Vaccine operations Central Provinces & Berar 1922-1929 - 1922-1929
Year: 1922
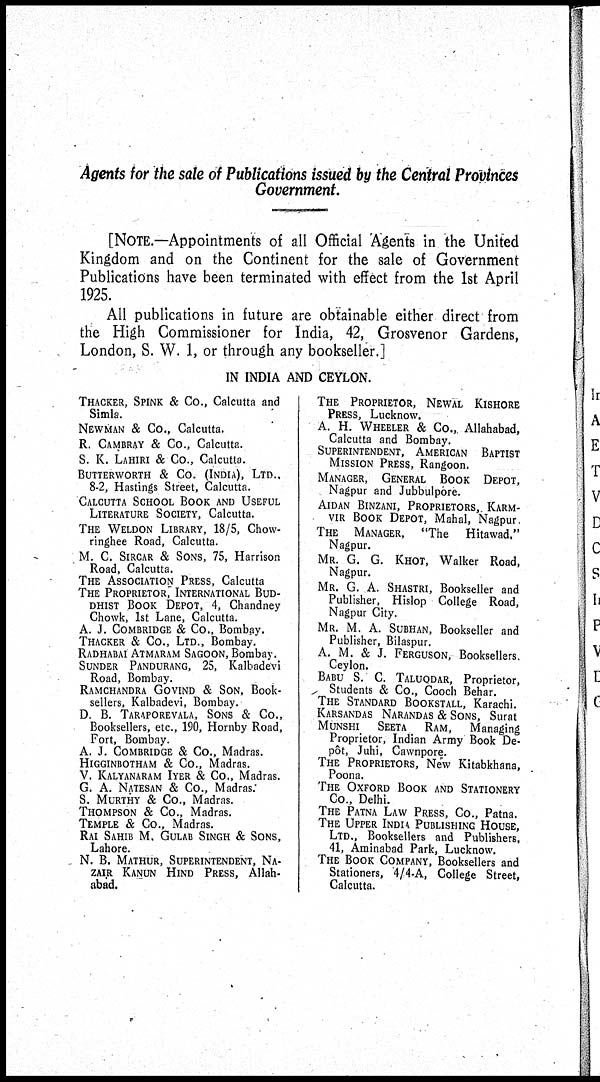
Agents for the sale of Publications issued by the Central Provinces
Government.
[NOTE.—Appointments of all Official Agents in the United
Kingdom and on the Continent for the sale of Government
Publications have been terminated with effect from the 1st April
1925.
All publications in future are obtainable either direct from
the High Commissioner for India, 42, Grosvenor Gardens,
London, S. W. 1, or through any bookseller.]
IN INDIA AND CEYLON.
THACKER, SPINK & Co., Calcutta and
Simla.
NEWMAN & Co., Calcutta.
R. CAMBRAY & Co., Calcutta.
S. K. LAHIRI & Co., Calcutta.
BUTTERWORTH & Co. (INDIA), LTD.,
8-2, Hastings Street, Calcutta.
CALCUTTA SCHOOL BOOK AND USEFUL
LITERATURE SOCIETY, Calcutta.
THE WELDON LIBRARY, 18/5, Chow-
ringhee Road, Calcutta.
M. C. SIRCAR & SONS, 75, Harrison
Road, Calcutta.
THE ASSOCIATION PRESS, Calcutta
THE PROPRIETOR, INTERNATIONAL BUD-
----- BOOK DEPOT, 4, Chandney
Chowk, 1st Lane, Calcutta.
A. J. COMBRIDGE & Co., Bombay.
THACKER & Co., LTD., Bombay.
RADHABAI ATMARAM SAGOON, Bombay.
SUNDER PANDURANG, 25, Kalbadevi
Road, Bombay.
RAMCHANDRA GOVIND & SON, Book-
sellers, Kalbadevi, Bombay.
D. B. TARAPOREVALA, SONS & Co.,
Booksellers, etc., 190, Hornby Road,
Fort, Bombay.
A. J. COMBRIDGE & Co., Madras.
HIGGINBOTHAM & Co., Madras.
V. KALYANARAM IYER & Co., Madras.
G. A. NATESAN & Co., Madras:
S. MURTHY & Co., Madras.
THOMPSON & Co., Madras.
TEMPLE & Co., Madras.
RAI SAHIB M. GULAB SINGH & SONS,
Lahore.
N. B. MATHUR, SUPERINTENDENT, NA-
ZAIR KANUN HIND PRESS, Allah-
abad.
THE PROPRIETOR, NEWAL KISHORE
PRESS, Lucknow.
A. H. WHEELER & Co., Allahabad,
Calcutta and Bombay.
SUPERINTENDENT, AMERICAN BAPTIST
MISSION PRESS, Rangoon.
MANAGER, GENERAL BOOK DEPOT,
Nagpur and Jubbulpore.
AIDAN BINZANI, PROPRIETORS, KARM-
VIR BOOK DEPOT, Mahal, Nagpur.
THE MANAGER, "The Hitawad."
Nagpur.
MR. G. G. KHOT, Walker Road,
Nagpur.
MR. G. A. SHASTRI, Bookseller and
Publisher, Hislop College Road,
Nagpur City.
MR. M. A. SUBHAN, Bookseller and
Publisher, Bilaspur.
A. M. & J. FERGUSON, Booksellers,
Ceylon.
BABU S. C. TALUQDAR, Proprietor,
Students & Co., Cooch Behar.
THE STANDARD BOOKSTALL, Karachi.
KARSANDAS NARANDAS & SONS, Surat
MUNSHI SEETA RAM, Managing
Proprietor, Indian Army Book De-
pôt, Juhi, Cawnpore.
THE PROPRIETORS, New Kitabkhana,
Poona.
THE OXFORD BOOK AND STATIONERY
Co, Delhi.
THE PATNA LAW PRESS, Co., Patna.
THE UPPER INDIA PUBLISHING HOUSE,
LTD., Booksellers and Publishers,
41, Aminabad Park, Lucknow.
THE BOOK COMPANY, Booksellers and
Stationers, 4/4-A, College Street,
Calcutta.